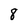
Character: 8